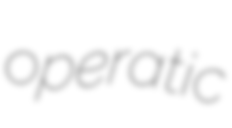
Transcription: operatic